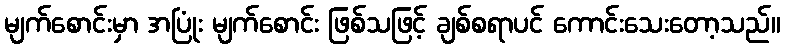
မျက်စောင်းမှာ အပြုံး မျက်စောင်း ဖြစ်သဖြင့် ချစ်စရာပင် ကောင်းသေးတော့သည်။